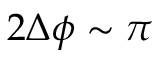
2 \Delta \phi \sim \pi